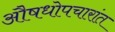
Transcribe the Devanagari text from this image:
औषधोपचारांत